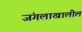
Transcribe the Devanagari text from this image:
जंगलाखालील